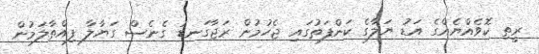
ރީތި ކޮވެއްޔެއްގެ އަޑު ޔަލާގެ ކަންފަތުގައި ޖެހުމުން ރަޖާގަނޑު ގެނެސް ގަޔާލާ ފިއްތާލަމުން